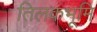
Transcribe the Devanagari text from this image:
तिलकभूमि